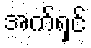
အက်ရှင်